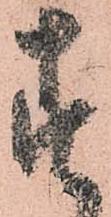
す